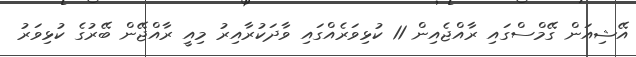
އޭޝިއަން ގޭމްސްގައި ރާއްޖެއިން 11 ކުޅިވަރެއްގައި ވާދަކުރާއިރު މިއީ ރާއްޖޭން ބޭރުގެ ކުޅިވަރު